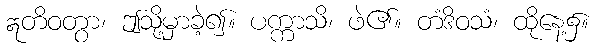
ဣတိဝတွာ၊ ဤသို့မှာခဲ့၍။ ပက္ကာသိ၊ ဖဲ၏။ တံဒိဝသံ၊ ထိုနေ့၌။